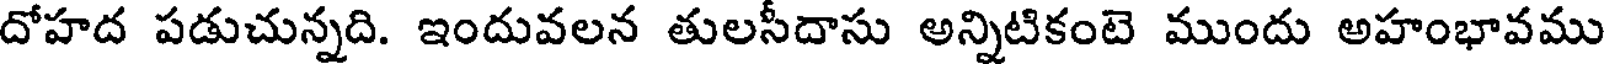
దోహద పడుచున్నది. ఇందువలన తులసీదాసు అన్నిటికంటె ముందు అహంభావము